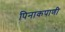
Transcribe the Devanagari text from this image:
पिनाकपाणी